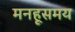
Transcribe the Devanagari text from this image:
मनहूसमय